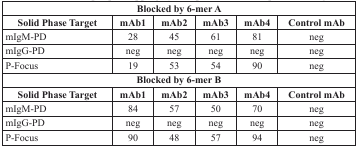
<table><thead><tr><td colspan="6"><b>Blocked by 6-mer A</b></td></tr><tr><td><b>Solid Phase Target</b></td><td><b>mAb1</b></td><td><b>mAb2</b></td><td><b>mAb3</b></td><td><b>mAb4</b></td><td><b>Control mAb</b></td></tr></thead><tbody><tr><td>mIgM-PD</td><td>28</td><td>45</td><td>61</td><td>81</td><td>neg</td></tr><tr><td>mIgG-PD</td><td>neg</td><td>neg</td><td>neg</td><td>neg</td><td>neg</td></tr><tr><td>P-Focus</td><td>19</td><td>53</td><td>54</td><td>90</td><td>neg</td></tr><tr><td colspan="6"><b>Blocked by 6-mer B</b></td></tr><tr><td><b>Solid Phase Target</b></td><td><b>mAb1</b></td><td><b>mAb2</b></td><td><b>mAb3</b></td><td><b>mAb4</b></td><td><b>Control mAb</b></td></tr><tr><td>mIgM-PD</td><td>84</td><td>57</td><td>50</td><td>70</td><td>neg</td></tr><tr><td>mIgG-PD</td><td>neg</td><td>neg</td><td>neg</td><td>neg</td><td>neg</td></tr><tr><td>P-Focus</td><td>90</td><td>48</td><td>57</td><td>94</td><td>neg</td></tr></tbody></table>